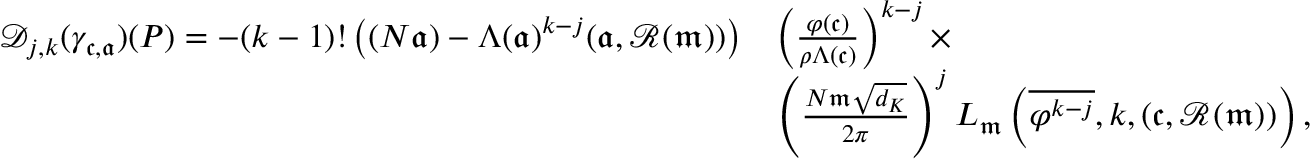
\begin{array} { r l } { \mathscr { D } _ { j , k } ( \gamma _ { \mathfrak c , \mathfrak a } ) ( P ) = - ( k - 1 ) ! \left( ( N \mathfrak a ) - \Lambda ( \mathfrak a ) ^ { k - j } ( \mathfrak a , \mathscr { R } ( \mathfrak m ) ) \right) } & { \left( \frac { \varphi ( \mathfrak c ) } { \rho \Lambda ( \mathfrak c ) } \right) ^ { k - j } \times } \\ & { \left( \frac { N \mathfrak m \sqrt { d _ { K } } } { 2 \pi } \right) ^ { j } L _ { \mathfrak m } \left( \overline { { \varphi ^ { k - j } } } , k , ( \mathfrak c , \mathscr { R } ( \mathfrak m ) ) \right) , } \end{array}